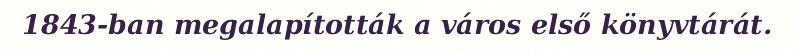
1843-ban megalapították a város első könyvtárát.